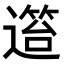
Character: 𨖎